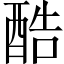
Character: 酷